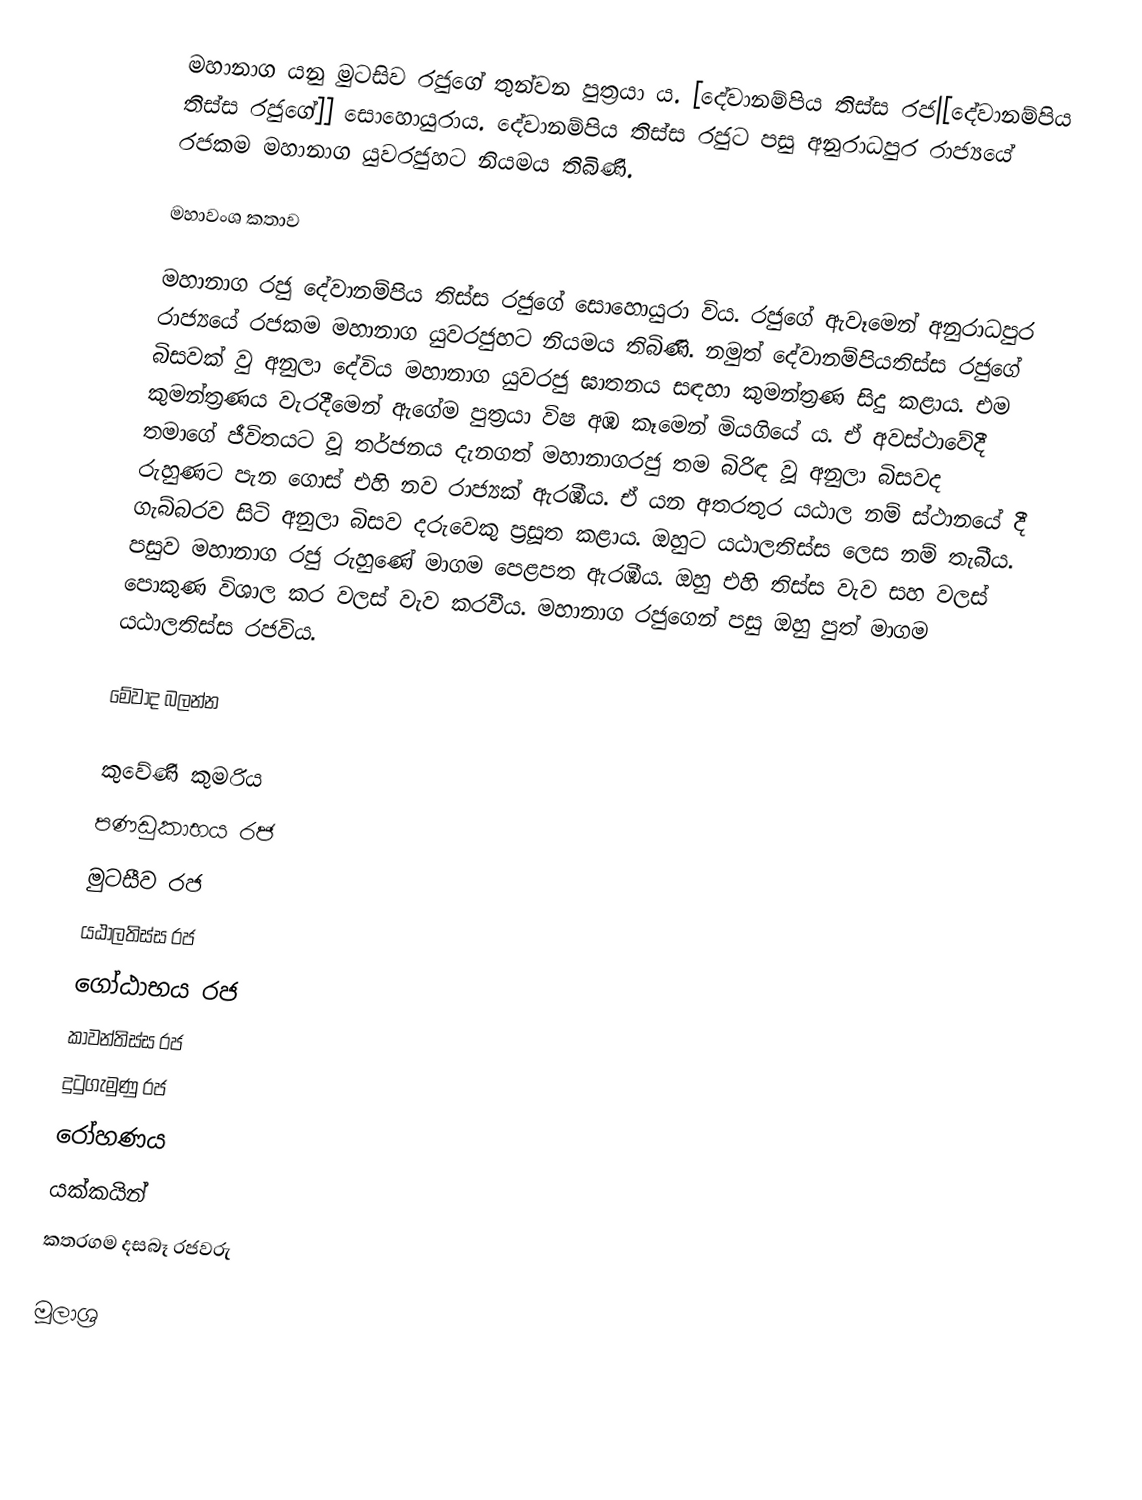
මහානාග යනු මුටසිව රජුගේ තුන්වන පුත්‍රයා ය. [දේවානම්පිය තිස්ස රජ|[දේවානම්පිය තිස්ස රජුගේ]] සොහොයුරා‍ය. දේවානම්පිය තිස්ස රජුට පසු අනුරාධපුර රාජ්‍යයේ රජකම මහානාග යුවරජුහට නියමය තිබිණි.

මහාවංශ කතාව

මහානාග රජු දේවානම්පිය තිස්ස රජුගේ සොහොයුරා විය. රජුගේ ඇවෑමෙන් අනුරාධපුර රාජ්‍යයේ රජකම මහානාග යුවරජුහට නියමය තිබිණි. නමුත් දේවානම්පියතිස්ස රජුගේ බිසවක් වු අනුලා දේවිය මහානාග යුවරජු ඝාතනය සඳහා කුමන්ත්‍රණ සිදු කළාය. එම කුමන්ත්‍රණය වැරදීමෙන් ඇගේම පුත්‍රයා විෂ අඹ කෑමෙන් මියගියේ ය. ඒ අවස්ථාවේදී තමාගේ ජීවිතයට වූ තර්ජනය දැනගත් මහානාගරජු තම බිරිඳ වූ අනුලා බිසවද රුහුණට පැන ගොස් එහි නව රාජ්‍යක් ඇරඹීය. ඒ යන අතරතුර යඨාල නම් ස්ථානයේ දී ගැබ්බරව සිටි අනුලා බිසව දරුවෙකු ප්‍රසූත කළාය. ඔහුට යඨාලතිස්ස ලෙස නම් තැබීය. පසුව මහානාග රජු රුහුණේ මාගම පෙළපත ඇරඹීය. ඔහු එහි තිස්ස වැව සහ වලස් පොකුණ විශාල කර වලස් වැව කරවීය. මහානාග රජුගෙන් පසු ඔහු පුත් මාගම යඨාලතිස්ස රජවිය.

මේවාද බලන්න

 කුවේණි කුමරිය
 පණඩුකාභය රජ
 මුටසීව රජ
 යඨාලතිස්ස රජ
 ගෝඨාභය රජ
 කාවන්තිස්ස රජ
 දුටුගැමුණු රජ
 රෝහණය
 යක්කයින්
 කතරගම දසබෑ රජවරු

මූලාශ්‍ර